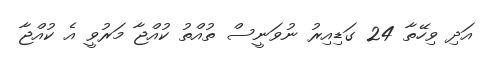
އަދި ވިހޭތާ 24 ގަޑިއިރު ނުވަނީސް ތުއްތު ކުއްޖާ މަރުވީ އެ ކުއްޖާ